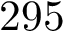
2 9 5